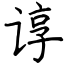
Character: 谆